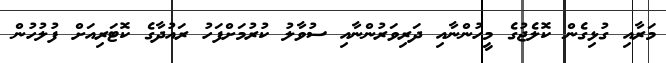
މަރާއި ގުޅިގެން ކޮލެޖުގެ މީހުންނާއި ދަރިވަރުންނާއި ސުވާލު ކުރުމަށްފަހު ރައުދާގެ ކޮޓަރިއަށް ފުލުހުން